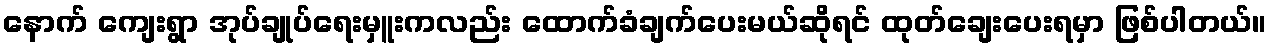
နောက် ကျေးရွာ အုပ်ချုပ်ရေးမှူးကလည်း ထောက်ခံချက်ပေးမယ်ဆိုရင် ထုတ်ချေးပေးရမှာ ဖြစ်ပါတယ်။